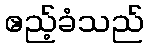
ဧည့်ခံသည်